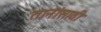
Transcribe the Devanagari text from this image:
तानांसाठी